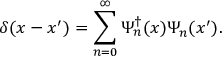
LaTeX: \delta ( x - x ^ { \prime } ) = \sum _ { n = 0 } ^ { \infty } \Psi _ { n } ^ { \dagger } ( x ) \Psi _ { n } ( x ^ { \prime } ) .